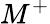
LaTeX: M^{+}